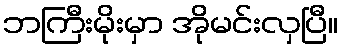
ဘကြီးမိုးမှာ အိုမင်းလှပြီ။